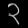
Digit: ၃